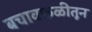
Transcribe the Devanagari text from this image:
बचावफळीतून